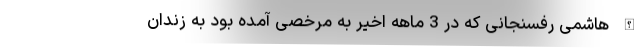
الله هاشمی رفسنجانی که در 3 ماهه اخیر به مرخصی آمده بود به زندان